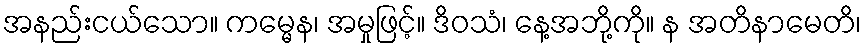
အနည်းငယ်သော။ ကမ္မေန၊ အမှုဖြင့်။ ဒိဝသံ၊ နေ့အဘို့ကို။ န အတိနာမေတိ၊